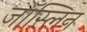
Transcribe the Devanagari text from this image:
जॉस्लिन